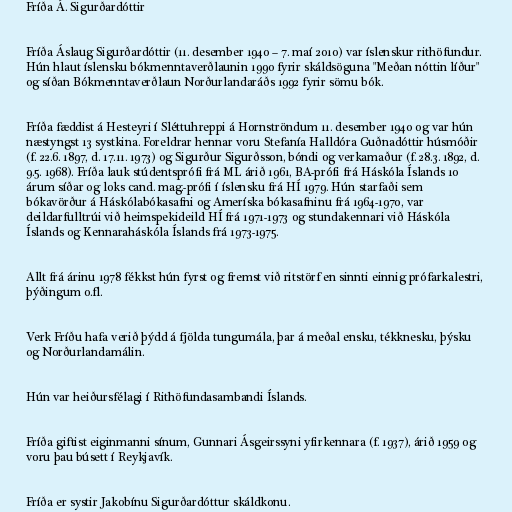
Fríða Á. Sigurðardóttir

Fríða Áslaug Sigurðardóttir (11. desember 1940 – 7. maí 2010) var íslenskur rithöfundur.
Hún hlaut íslensku bókmenntaverðlaunin 1990 fyrir skáldsöguna "Meðan nóttin líður"
og síðan Bókmenntaverðlaun Norðurlandaráðs 1992 fyrir sömu bók.

Fríða fædd­ist á Hesteyri í Sléttu­hreppi á Horn­strönd­um 11. des­em­ber 1940 og var hún
næstyngst 13 systkina. For­eldr­ar henn­ar voru Stef­an­ía Hall­dóra Guðna­dótt­ir hús­móðir
(f. 22.6. 1897, d. 17.11. 1973) og Sig­urður Sig­urðsson, bóndi og verkamaður (f. 28.3. 1892, d.
9.5. 1968). Fríða lauk stúd­ents­prófi frá ML árið 1961, BA-prófi frá Há­skóla Íslands 10
árum síðar og loks cand. mag.-prófi í ís­lensku frá HÍ 1979. Hún starfaði sem
bóka­vörður á Há­skóla­bóka­safni og Am­er­íska bóka­safn­inu frá 1964-1970, var
deild­ar­full­trúi við heim­speki­deild HÍ frá 1971-1973 og stunda­kenn­ari við Há­skóla
Íslands og Kenn­ara­há­skóla Íslands frá 1973-1975.

Allt frá ár­inu 1978 fékkst hún fyrst og fremst við ritstörf en sinnti einnig próf­arka­lestri,
þýðing­um o.fl.

Verk Fríðu hafa verið þýdd á fjölda tungu­mála, þar á meðal ensku, tékk­nesku, þýsku
og Norður­landa­mál­in.

Hún var heiðurs­fé­lagi í Rit­höf­unda­sam­bandi Íslands.

Fríða gift­ist eig­in­manni sín­um, Gunn­ari Ásgeirs­syni yfir­kenn­ara (f. 1937), árið 1959 og
voru þau bú­sett í Reykja­vík.

Fríða er systir Jakobínu Sigurðardóttur skáldkonu.